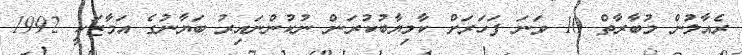
ރެއާލުން މުބާރާތް 10 ވަނަ ފަހަރަށް ކާމިޔާބުކުރަން ނުކުންނައިރު ބަޔާނުގެ އަމާޒަކީ 1992